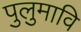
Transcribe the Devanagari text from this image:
पुलुमावि